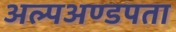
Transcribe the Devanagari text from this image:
अल्पअण्डपता